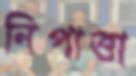
নিপাত্তা